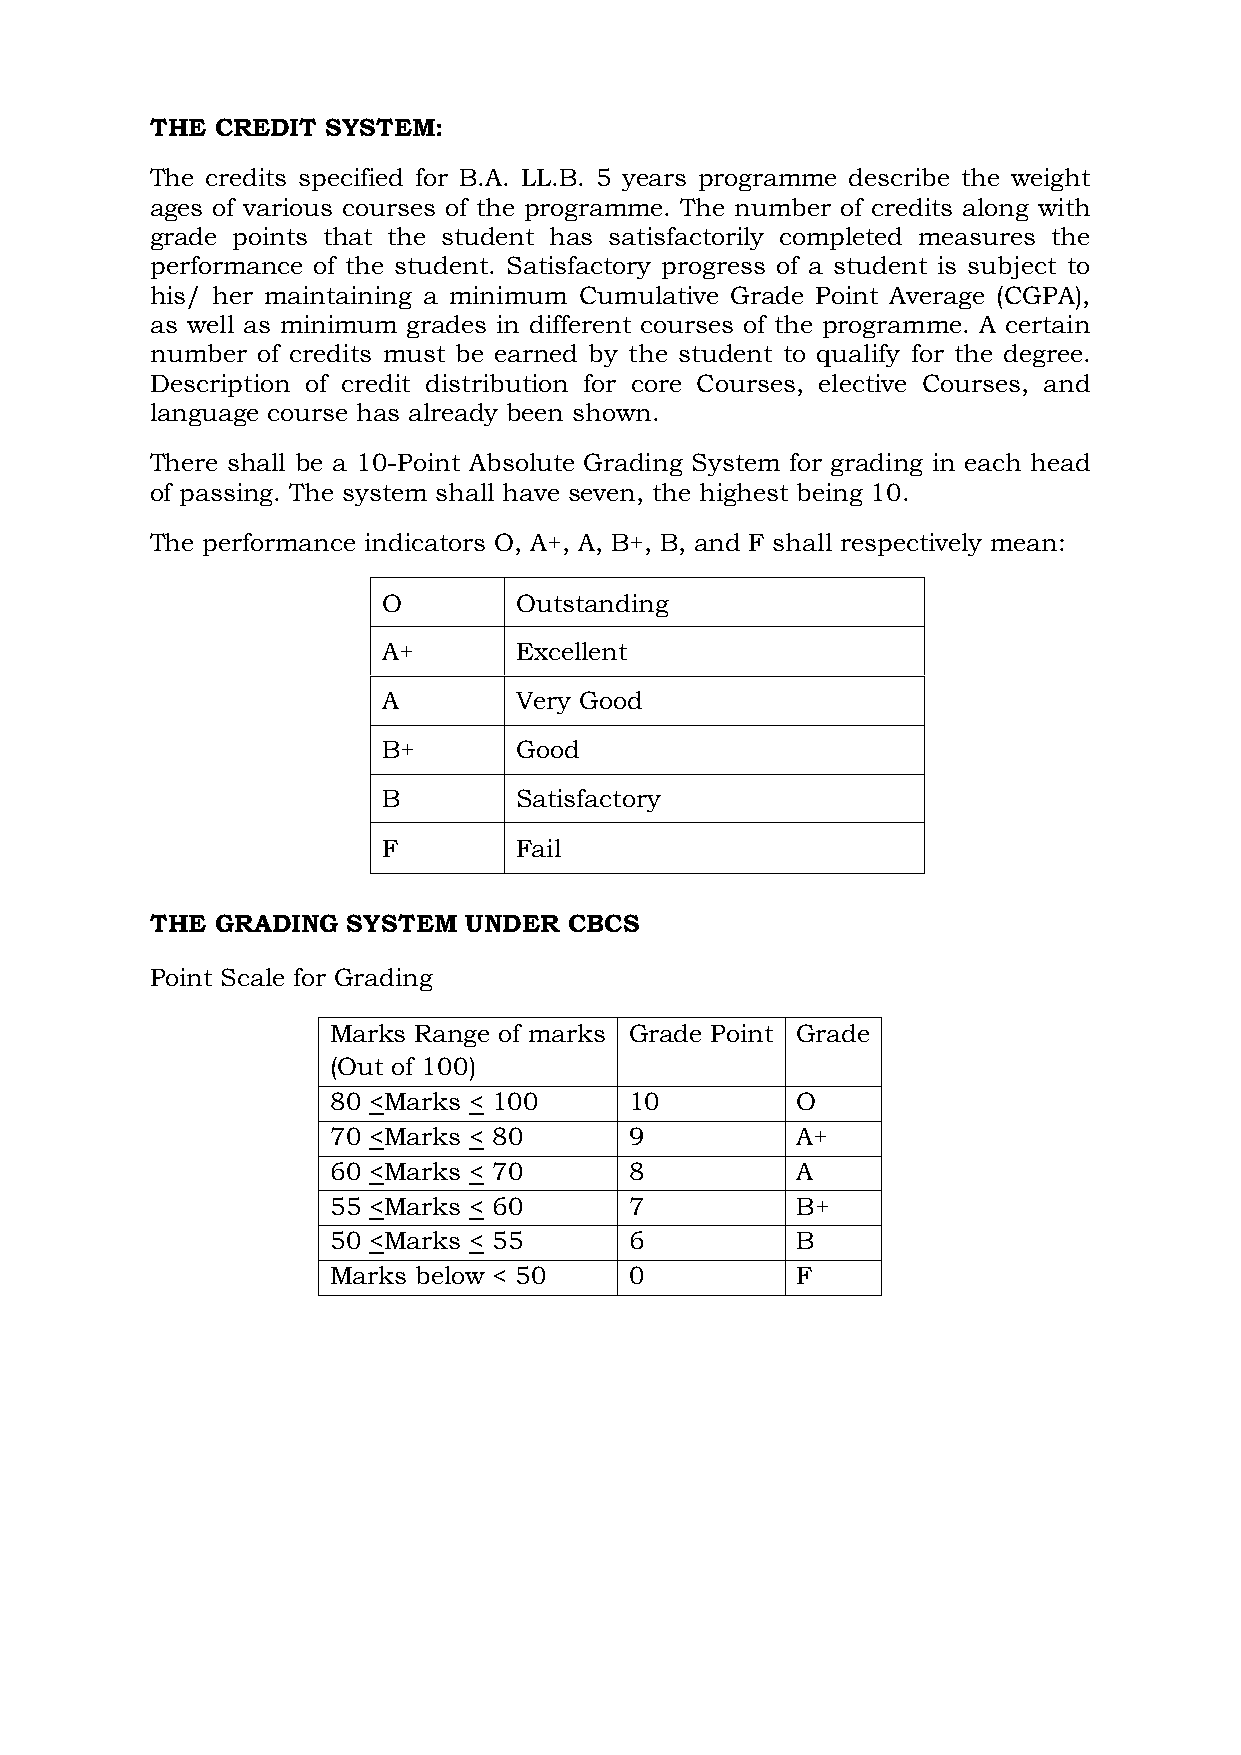
THE CREDIT  SYSTEM:
 The credits specified for B.A. LL.B. 5 years programme describe the weight
 ages of various courses of the programme. The number of credits along with
 grade points that the student has satisfactorily completed measures the
 performance of the student. Satisfactory progress of a student is subject to
 his/ her maintaining a minimum Cumulative Grade Point Average (CGPA),
 as well as minimum grades in different courses of the programme. A certain
 number of credits must be earned by the student to qualify for the degree.
 Description of credit distribution for core Courses, elective Courses, and
 language course has already been shown.
 There shall be a 10-Point Absolute Grading System for grading in each head
 of passing. The system shall have seven, the highest being 10.
 The performance indicators O, A+, A, B+, B, and F shall respectively mean:
 O        Outstanding
 A+       Excellent
 A        Very Good
 B+       Good
 B        Satisfactory
 F        Fail
 THE GRADING  SYSTEM  UNDER  CBCS
 Point Scale for Grading
 Marks Range of marks Grade Point Grade
 (Out of 100)
 80 <Marks < 100     10         O
 70 <Marks < 80      9          A+
 60 <Marks < 70      8          A
 55 <Marks < 60      7          B+
 50 <Marks < 55      6          B
 Marks below < 50    0          F